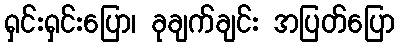
ရှင်းရှင်းပြော၊ ခုချက်ချင်း အပြတ်ပြော